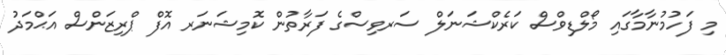
މި ފަހުމުނާމާގައި މޯލްޑިވްސް ކަރެކްޝަނަލް ސަރވިސްގެ ފަރާތުން ކޮމިޝަނަރ އޮފް ޕްރިޒަންސް އަޙްމަދު